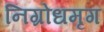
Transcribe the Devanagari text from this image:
निग्रोधमृग